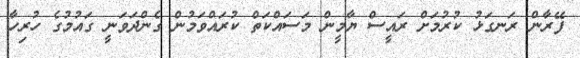
ފޭރާން ރަނގަޅު ކުރުމަށް ރައީސް ޔާމީން މަސައްކަތް ކުރައްވަމުން ގެންދަވަނީ ގައުމުގެ ހުރިހާ